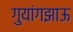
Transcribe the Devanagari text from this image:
गुयांगझाऊ